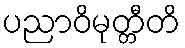
ပညာဝိမုတ္တီတိ